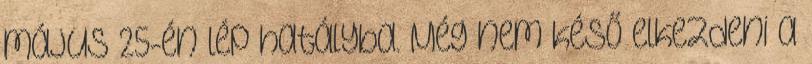
május 25-én lép hatályba. Még nem késő elkezdeni a